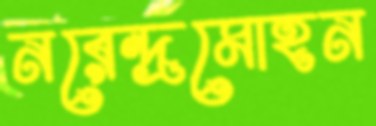
নরেন্দ্রমোহন